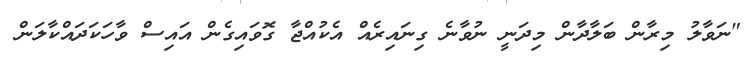
"ނަވާލު މިރާން ބަލާދާން މިދަނީ ނުވާނެ ގިނައިރެއް އެކުއްޖާ ގޮވައިގެން އައިސް ވާހަކަދައްކާލަން